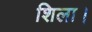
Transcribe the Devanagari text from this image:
शिला।